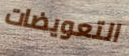
التعويضات